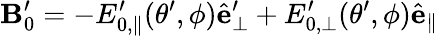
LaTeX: \mathbf{B}_{0}^{\prime}=-E_{0,\parallel}^{\prime}(\theta^{\prime},\phi)\hat{\mathbf{e}}_{\perp}^{\prime}+E_{0,\perp}^{\prime}(\theta^{\prime},\phi)\hat{\mathbf{e}}_{\parallel}